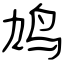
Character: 鸠